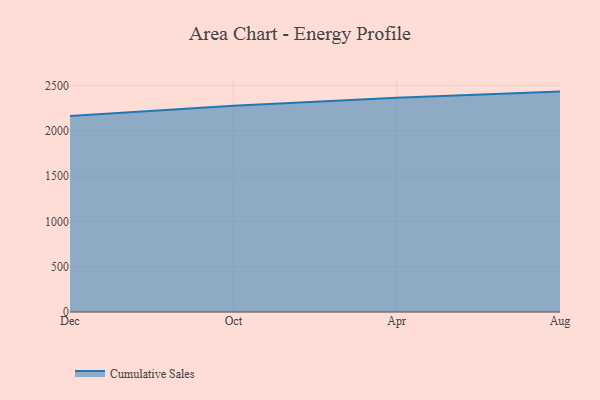
{"axis": {"x": "Month", "y": "Website Visitors"}, "legend": ["Cumulative Sales"], "data": [{"x": "Dec", "y": 2162.3, "type": "Cumulative Sales"}, {"x": "Oct", "y": 2274.9, "type": "Cumulative Sales"}, {"x": "Apr", "y": 2363.0, "type": "Cumulative Sales"}, {"x": "Aug", "y": 2432.2, "type": "Cumulative Sales"}]}